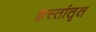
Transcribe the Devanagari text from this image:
हस्तांतृत